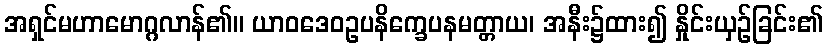
အရှင်မဟာမောဂ္ဂလာန်၏။ ယာဝဒေဝဥပနိက္ခေပနမတ္တာယ၊ အနီး၌ထား၍ နှိုင်းယှဉ်ခြင်း၏